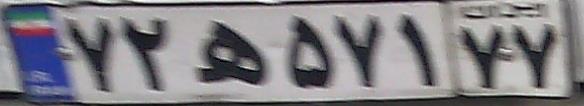
۷۲ه۵۷۱۷۷